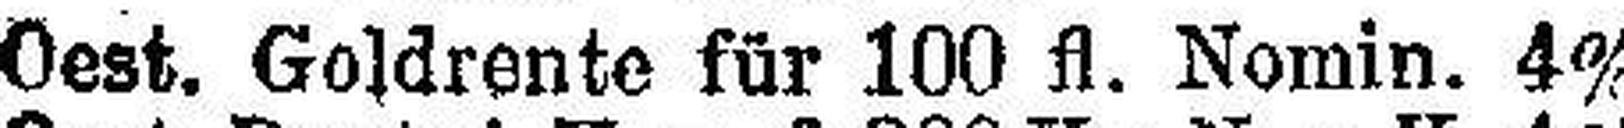
Oest. Goldrente für 100 fl. Nomin. 4%